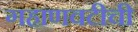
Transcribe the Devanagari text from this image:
गहाणवटीची